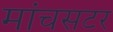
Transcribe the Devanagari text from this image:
मांचसटर